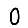
Digit: 0